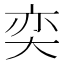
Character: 奕